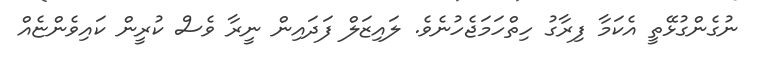
ނުގެންގުޅޭތީ އެކަމާ ފިރާގު ހިތްހަމަޖެހުނެވެ. ލައިޒަލް ފަދައިން ނީރާ ވެސް ކުރީން ކައިވެންޏެއް